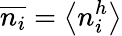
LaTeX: \overline{{n_{i}}}=\left<n_{i}^{h}\right>